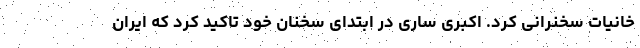
خانیات سخنرانی کرد. اکبری ساری در ابتدای سخنان خود تاکید کرد که ایران